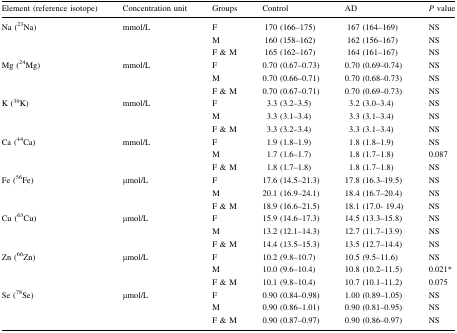
<table><thead><tr><td><b>Element (reference isotope)</b></td><td><b>Concentration unit</b></td><td><b>Groups</b></td><td><b>Control</b></td><td><b>AD</b></td><td><b><i>P</i> value</b></td></tr></thead><tbody><tr><td rowspan="3">Na (<sup>23</sup>Na)</td><td rowspan="3">mmol/L</td><td>F</td><td>170 (166–175)</td><td>167 (164–169)</td><td>NS</td></tr><tr><td>M</td><td>160 (158–162)</td><td>162 (156–167)</td><td>NS</td></tr><tr><td>F &amp; M</td><td>165 (162–167)</td><td>164 (161–167)</td><td>NS</td></tr><tr><td rowspan="3">Mg (<sup>24</sup>Mg)</td><td rowspan="3">mmol/L</td><td>F</td><td>0.70 (0.67–0.73)</td><td>0.70 (0.69–0.74)</td><td>NS</td></tr><tr><td>M</td><td>0.70 (0.66–0.71)</td><td>0.70 (0.68–0.73)</td><td>NS</td></tr><tr><td>F &amp; M</td><td>0.70 (0.67–0.71)</td><td>0.70 (0.69–0.73)</td><td>NS</td></tr><tr><td rowspan="3">K (<sup>39</sup>K)</td><td rowspan="3">mmol/L</td><td>F</td><td>3.3 (3.2–3.5)</td><td>3.2 (3.0–3.4)</td><td>NS</td></tr><tr><td>M</td><td>3.3 (3.1–3.4)</td><td>3.3 (3.1–3.4)</td><td>NS</td></tr><tr><td>F &amp; M</td><td>3.3 (3.2–3.4)</td><td>3.3 (3.1–3.4)</td><td>NS</td></tr><tr><td rowspan="3">Ca (<sup>44</sup>Ca)</td><td rowspan="3">mmol/L</td><td>F</td><td>1.9 (1.8–1.9)</td><td>1.8 (1.8–1.9)</td><td>NS</td></tr><tr><td>M</td><td>1.7 (1.6–1.7)</td><td>1.8 (1.7–1.8)</td><td>0.087</td></tr><tr><td>F &amp; M</td><td>1.8 (1.7–1.8)</td><td>1.8 (1.7–1.8)</td><td>NS</td></tr><tr><td rowspan="3">Fe (<sup>56</sup>Fe)</td><td rowspan="3">μmol/L</td><td>F</td><td>17.6 (14.5–21.3)</td><td>17.8 (16.3–19.5)</td><td>NS</td></tr><tr><td>M</td><td>20.1 (16.9–24.1)</td><td>18.4 (16.7–20.4)</td><td>NS</td></tr><tr><td>F &amp; M</td><td>18.9 (16.6–21.5)</td><td>18.1 (17.0- 19.4)</td><td>NS</td></tr><tr><td rowspan="3">Cu (<sup>63</sup>Cu)</td><td rowspan="3">μmol/L</td><td>F</td><td>15.9 (14.6–17.3)</td><td>14.5 (13.3–15.8)</td><td>NS</td></tr><tr><td>M</td><td>13.2 (12.1–14.3)</td><td>12.7 (11.7–13.9)</td><td>NS</td></tr><tr><td>F &amp; M</td><td>14.4 (13.5–15.3)</td><td>13.5 (12.7–14.4)</td><td>NS</td></tr><tr><td rowspan="3">Zn (<sup>66</sup>Zn)</td><td rowspan="3">μmol/L</td><td>F</td><td>10.2 (9.8–10.7)</td><td>10.5 (9.5–11.6)</td><td>NS</td></tr><tr><td>M</td><td>10.0 (9.6–10.4)</td><td>10.8 (10.2–11.5)</td><td>0.021*</td></tr><tr><td>F &amp; M</td><td>10.1 (9.8–10.4)</td><td>10.7 (10.1–11.2)</td><td>0.075</td></tr><tr><td rowspan="3">Se (<sup>78</sup>Se)</td><td rowspan="3">μmol/L</td><td>F</td><td>0.90 (0.84–0.98)</td><td>1.00 (0.89–1.05)</td><td>NS</td></tr><tr><td>M</td><td>0.90 (0.86–1.01)</td><td>0.90 (0.81–0.95)</td><td>NS</td></tr><tr><td>F &amp; M</td><td>0.90 (0.87–0.97)</td><td>0.90 (0.86–0.97)</td><td>NS</td></tr></tbody></table>